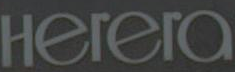
Herera